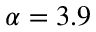
\alpha = 3 . 9